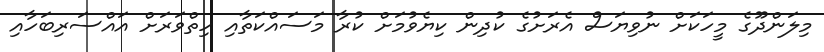
މިލަންދޫގެ މީހަކަށް ނުވިޔަސް އެރަށުގެ ކުދިން ކިޔެވުމަށް ކުރާ މަސައްކަތާއި ހިތްވަރަށް އައްސަރިބަހާއި